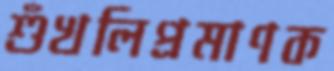
শুঁখলিপ্রমাণক